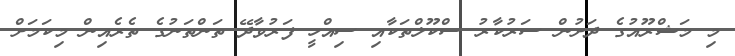
މި މަޝްރޫއުގެ ދަށުން ސަރުކާރު ސްކޫލްތަކާއި ސިިއްހީ ފަރުވާދޭ ތަންތަނުގެ ތެރެއިން މިކަމަށް